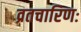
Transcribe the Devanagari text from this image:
व्रतचारिणः